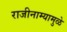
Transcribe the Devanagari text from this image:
राजीनाम्यामुळे